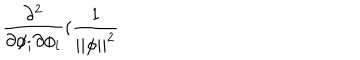
LaTeX: \frac { \partial ^ { 2 } } { \partial \phi _ { i } \partial \phi _ { i } } ( \frac 1 { | | \phi | | ^ { 2 } }